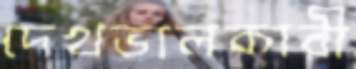
দেখভালকারী